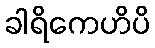
ခါရိကေဟိပိ